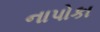
નાપોકા